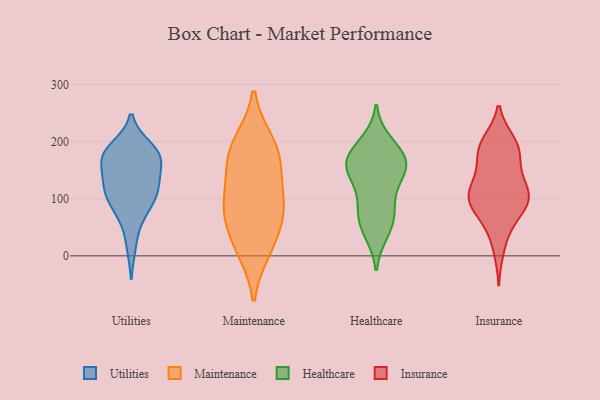
{"axis": {"x": "Demand Index", "y": "Value"}, "legend": ["Healthcare", "Insurance", "Maintenance", "Utilities"], "data": [{"x": "", "y": 170, "type": "Utilities"}, {"x": "", "y": 132, "type": "Utilities"}, {"x": "", "y": 122, "type": "Utilities"}, {"x": "", "y": 189, "type": "Utilities"}, {"x": "", "y": 112, "type": "Utilities"}, {"x": "", "y": 179, "type": "Utilities"}, {"x": "", "y": 75, "type": "Utilities"}, {"x": "", "y": 96, "type": "Utilities"}, {"x": "", "y": 184, "type": "Utilities"}, {"x": "", "y": 169, "type": "Utilities"}, {"x": "", "y": 120, "type": "Utilities"}, {"x": "", "y": 173, "type": "Utilities"}, {"x": "", "y": 120, "type": "Utilities"}, {"x": "", "y": 19, "type": "Utilities"}, {"x": "", "y": 76, "type": "Utilities"}, {"x": "", "y": 171, "type": "Utilities"}, {"x": "", "y": 78, "type": "Maintenance"}, {"x": "", "y": 199, "type": "Maintenance"}, {"x": "", "y": 11, "type": "Maintenance"}, {"x": "", "y": 107, "type": "Maintenance"}, {"x": "", "y": 159, "type": "Maintenance"}, {"x": "", "y": 86, "type": "Maintenance"}, {"x": "", "y": 20, "type": "Maintenance"}, {"x": "", "y": 70, "type": "Maintenance"}, {"x": "", "y": 194, "type": "Maintenance"}, {"x": "", "y": 160, "type": "Maintenance"}, {"x": "", "y": 52, "type": "Healthcare"}, {"x": "", "y": 154, "type": "Healthcare"}, {"x": "", "y": 149, "type": "Healthcare"}, {"x": "", "y": 72, "type": "Healthcare"}, {"x": "", "y": 180, "type": "Healthcare"}, {"x": "", "y": 42, "type": "Healthcare"}, {"x": "", "y": 150, "type": "Healthcare"}, {"x": "", "y": 102, "type": "Healthcare"}, {"x": "", "y": 147, "type": "Healthcare"}, {"x": "", "y": 179, "type": "Healthcare"}, {"x": "", "y": 198, "type": "Healthcare"}, {"x": "", "y": 166, "type": "Healthcare"}, {"x": "", "y": 81, "type": "Healthcare"}, {"x": "", "y": 82, "type": "Insurance"}, {"x": "", "y": 123, "type": "Insurance"}, {"x": "", "y": 45, "type": "Insurance"}, {"x": "", "y": 102, "type": "Insurance"}, {"x": "", "y": 100, "type": "Insurance"}, {"x": "", "y": 150, "type": "Insurance"}, {"x": "", "y": 182, "type": "Insurance"}, {"x": "", "y": 137, "type": "Insurance"}, {"x": "", "y": 65, "type": "Insurance"}, {"x": "", "y": 185, "type": "Insurance"}, {"x": "", "y": 117, "type": "Insurance"}, {"x": "", "y": 11, "type": "Insurance"}, {"x": "", "y": 95, "type": "Insurance"}, {"x": "", "y": 197, "type": "Insurance"}, {"x": "", "y": 200, "type": "Insurance"}, {"x": "", "y": 197, "type": "Insurance"}, {"x": "", "y": 174, "type": "Insurance"}, {"x": "", "y": 106, "type": "Insurance"}, {"x": "", "y": 96, "type": "Insurance"}, {"x": "", "y": 96, "type": "Insurance"}]}